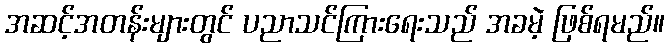
အဆင့်အတန်းများတွင် ပညာသင်ကြားရေးသည် အခမဲ့ ဖြစ်ရမည်။